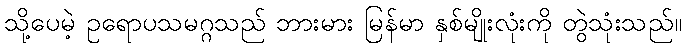
သို့ပေမဲ့ ဥရောပသမဂ္ဂသည် ဘားမား မြန်မာ နှစ်မျိုးလုံးကို တွဲသုံးသည်။